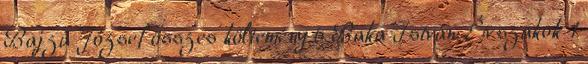
Bajza József összes költemény 6 Baka István: Évszakok 1